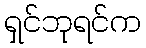
ရှင်ဘုရင်က